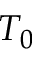
T _ { 0 }